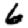
Digit: 6